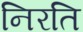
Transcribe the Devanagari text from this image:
निरति